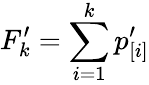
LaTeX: F_{k}^{\prime}=\sum_{i=1}^{k}p_{[i]}^{\prime}